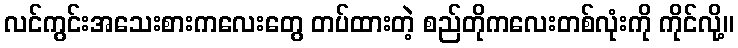
လင်ကွင်းအသေးစားကလေးတွေ တပ်ထားတဲ့ စည်တိုကလေးတစ်လုံးကို ကိုင်လို့။